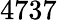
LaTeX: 4737